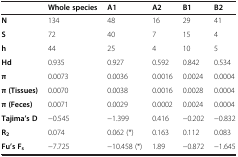
<table><thead><tr><td><b> </b></td><td><b>Whole species</b></td><td><b>A1</b></td><td><b>A2</b></td><td><b>B1</b></td><td><b>B2</b></td></tr></thead><tbody><tr><td><b>N</b></td><td>134</td><td>48</td><td>16</td><td>29</td><td>41</td></tr><tr><td><b>S</b></td><td>72</td><td>40</td><td>7</td><td>15</td><td>4</td></tr><tr><td><b>h</b></td><td>44</td><td>25</td><td>4</td><td>10</td><td>5</td></tr><tr><td><b>Hd</b></td><td>0.935</td><td>0.927</td><td>0.592</td><td>0.842</td><td>0.534</td></tr><tr><td><b>π</b></td><td>0.0073</td><td>0.0036</td><td>0.0016</td><td>0.0024</td><td>0.0004</td></tr><tr><td><b>π (Tissues)</b></td><td>0.0070</td><td>0.0038</td><td>0.0016</td><td>0.0028</td><td>0.0004</td></tr><tr><td><b>π (Feces)</b></td><td>0.0071</td><td>0.0029</td><td>0.0002</td><td>0.0024</td><td>0.0004</td></tr><tr><td><b>Tajima’s D</b></td><td>−0.545</td><td>−1.399</td><td>0.416</td><td>−0.202</td><td>−0.832</td></tr><tr><td><b>R</b><sub><b>2</b></sub></td><td>0.074</td><td>0.062 (*)</td><td>0.163</td><td>0.112</td><td>0.083</td></tr><tr><td><b>Fu’s F</b><sub><b>s</b></sub></td><td>−7.725</td><td>−10.458 (*)</td><td>1.89</td><td>−0.872</td><td>−1.645</td></tr></tbody></table>